Leaving Certificate Examination, 1905
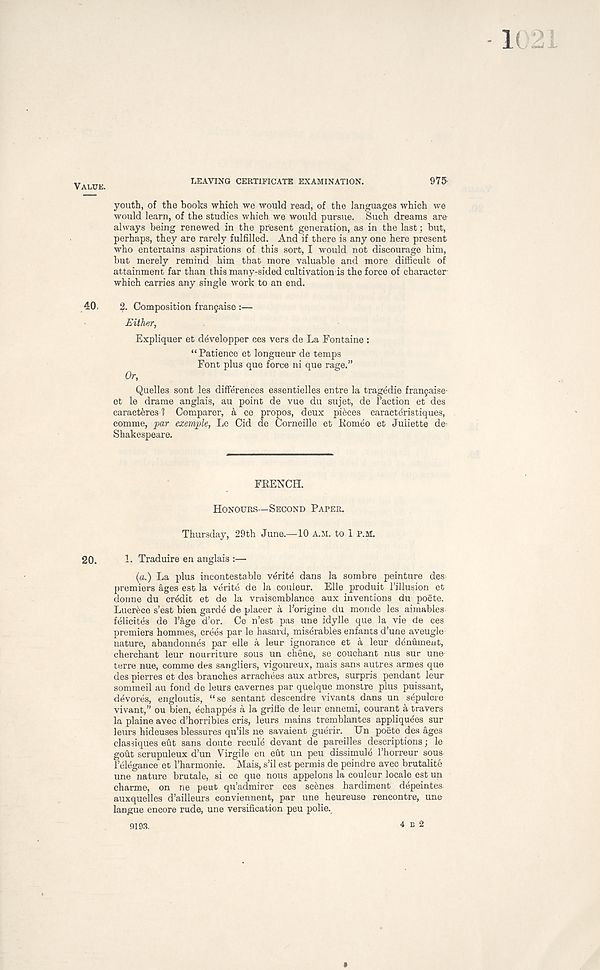
VAUJK.
LEAVING CERTIFICATE EXAMINATION.
975'
youth, of the books which we would read, of the languages which we
would learn, of the studies which we would pursue. Such dreams are-
always being renewed in the present generation, as in the last: but,
perhaps, they are rarely fulfilled. And if there is any one here present
who entertains aspirations of this sort, I would not discourage him,
but merely remind him that more valuable and more difficult of
attainment far than this many-sided cultivation is the force of character
which carries any single work to an end.
40,
2. Composition frangaise :—
Either,
Expliquer et developper ces vers de La Fontaine:
“ Patience et longueur de temps
Font plus que force ni que rage.”
Or,
Quelles sont les differences essentielles entre la tragedie fra^aise-
et le drame anglais, au point de vue du sujet, de Taction et des
caracteres 1 Comparer, a ce propos, deux pieces caracteristiques,
comme, par exernple, Le Cid de Corneille et Komeo et Juliette de-
Shakespeare.
FRENCH.
HONOURS—-SECOND PAPER.
Thursday, 29th June.—10 A.M. to 1 P.M.
20.
1. Traduire en anglais :—
(a.) La plus incontestable v&rite dans la sombre peinture des
premiers ages est la verite de la couleur. Elle produit Tillusion et
donne du credit et de la vraisemblance aux inventions du poete.
Lucreco s’est bien garde de placer a Torigine du monde les aimables
felieites de Tage d’or. Ce n’est pas une idylle que la vie de ces
premiers hommes, crees par le hasard, miserables enfants d’une aveugle
nature, abandonnes par elle a leur ignorance et a leur denumeut,
cherchant leur nourriture sous un chene, se couchant nus sur une
terre nue, comme des sangliers, vigoureux, mais sans autres armes que
des pierres et des branches arrachees aux arbres, surpris pendant leur
sommeil au fond de leurs cavernes par quelque monstre plus puissant,
devores, engloutis, “se sentant descendre vivants dans un sepulcre
vivant,” ou bien, echappes a la grille de leur ennemi, courant a travers
la plaine avec d’horribles cris, leurs mains tremblantes appliquees sur
leurs hideuses blessures qu’ils ne savaient guerir. Un poete des ages
classiques eut sans doute recule devant de pareilles descriptions; le
gout scrupuleux d’un Virgile en eut un peu dissimule Thorreur sous
Telegance et Tharmonie. Mais, s’il est permis de peindre avec brutalite
une nature brutale, si ce que nous appelons la couleur locale est un
charme, on ne peut qu’admirer ces scenes hardiment depeintes
auxquelles d’ailleurs conviennent, par une heureuse rencontre, une
langue encore rude, une versification peu polie.
9193.
4 B 2